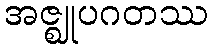
အဇ္ဈုပဂတဿ